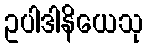
ဥပါဒါနိယေသု